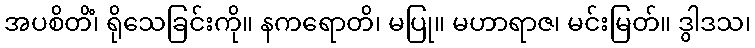
အပစိတိံ၊ ရိုသေခြင်းကို။ နကရောတိ၊ မပြု။ မဟာရာဇ၊ မင်းမြတ်။ ဒွါဒသ၊